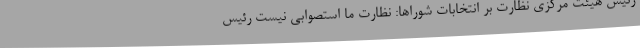
رئیس هیئت مرکزی نظارت بر انتخابات شوراها: نظارت ما استصوابی نیست رئیس